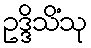
ဥဒ္ဒိသိံသု